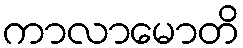
ကာလာမောတိ